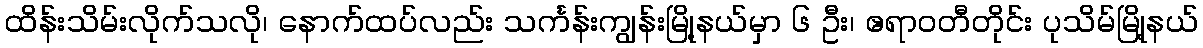
ထိန်းသိမ်းလိုက်သလို၊ နောက်ထပ်လည်း သင်္ကန်းကျွန်းမြို့နယ်မှာ ၆ ဦး၊ ဧရာဝတီတိုင်း ပုသိမ်မြို့နယ်